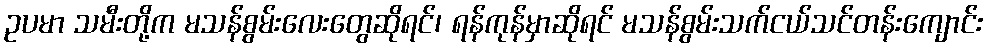
ဥပမာ သမီးတို့က မသန်စွမ်းလေးတွေဆိုရင်၊ ရန်ကုန်မှာဆိုရင် မသန်စွမ်းသက်ငယ်သင်တန်းကျောင်း